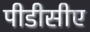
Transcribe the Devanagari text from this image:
पीडीसीए